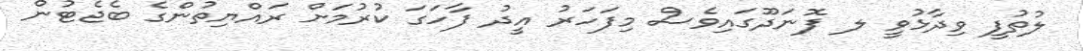
ލުތުފީ ވިދާޅުވީ ލ ފޮނަދޫގައިވެސް މިފަހަރު އީދު ފާހަގަ ކުރުމަށް ރައްޔިތުންގެ ބެޖެޓުން